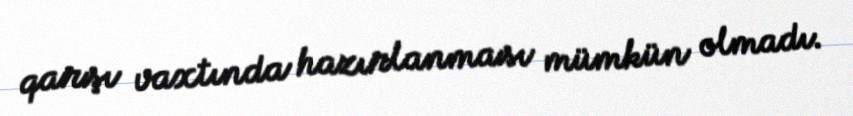
qarşı vaxtında hazırlanması mümkün olmadı.